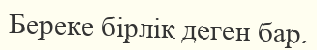
Береке бірлік деген бар.